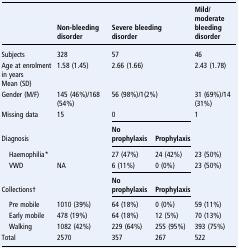
<table><thead><tr><td></td><td><b>Non-bleeding disorder</b></td><td colspan="2"><b>Severe bleeding disorder</b></td><td><b>Mild/moderate bleeding disorder</b></td></tr></thead><tbody><tr><td>Subjects</td><td>328</td><td colspan="2">57</td><td>46</td></tr><tr><td>Age at enrolment in yearsMean (SD)</td><td>1.58 (1.45)</td><td colspan="2">2.66 (1.66)</td><td>2.43 (1.78)</td></tr><tr><td>Gender (M/F)</td><td>145 (46%)/168 (54%)</td><td colspan="2">56 (98%)/1(2%)</td><td>31 (69%)/14 (31%)</td></tr><tr><td>Missing data</td><td>15</td><td colspan="2">0</td><td>1</td></tr><tr><td>Diagnosis</td><td></td><td><b>No prophylaxis</b></td><td><b>Prophylaxis</b></td><td></td></tr><tr><td> Haemophilia*</td><td></td><td>27 (47%)</td><td>24 (42%)</td><td>23 (50%)</td></tr><tr><td> VWD</td><td>NA</td><td>6 (11%)</td><td>0 (0%)</td><td>23 (50%)</td></tr><tr><td>Collections†</td><td></td><td><b>No prophylaxis</b></td><td><b>Prophylaxis</b></td><td></td></tr><tr><td> Pre mobile</td><td>1010 (39%)</td><td>64 (18%)</td><td>0 (0%)</td><td>59 (11%)</td></tr><tr><td> Early mobile</td><td>478 (19%)</td><td>64 (18%)</td><td>12 (5%)</td><td>70 (13%)</td></tr><tr><td> Walking</td><td>1082 (42%)</td><td>229 (64%)</td><td>255 (95%)</td><td>393 (75%)</td></tr><tr><td>Total</td><td>2570</td><td>357</td><td>267</td><td>522</td></tr></tbody></table>